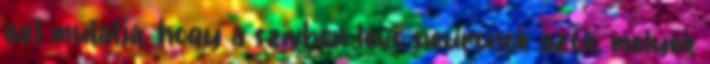
azt mutatja, hogy a szívben lévő neuronok azok, melyek